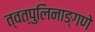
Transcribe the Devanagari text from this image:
त्वत्पुलिनाङ्गणे